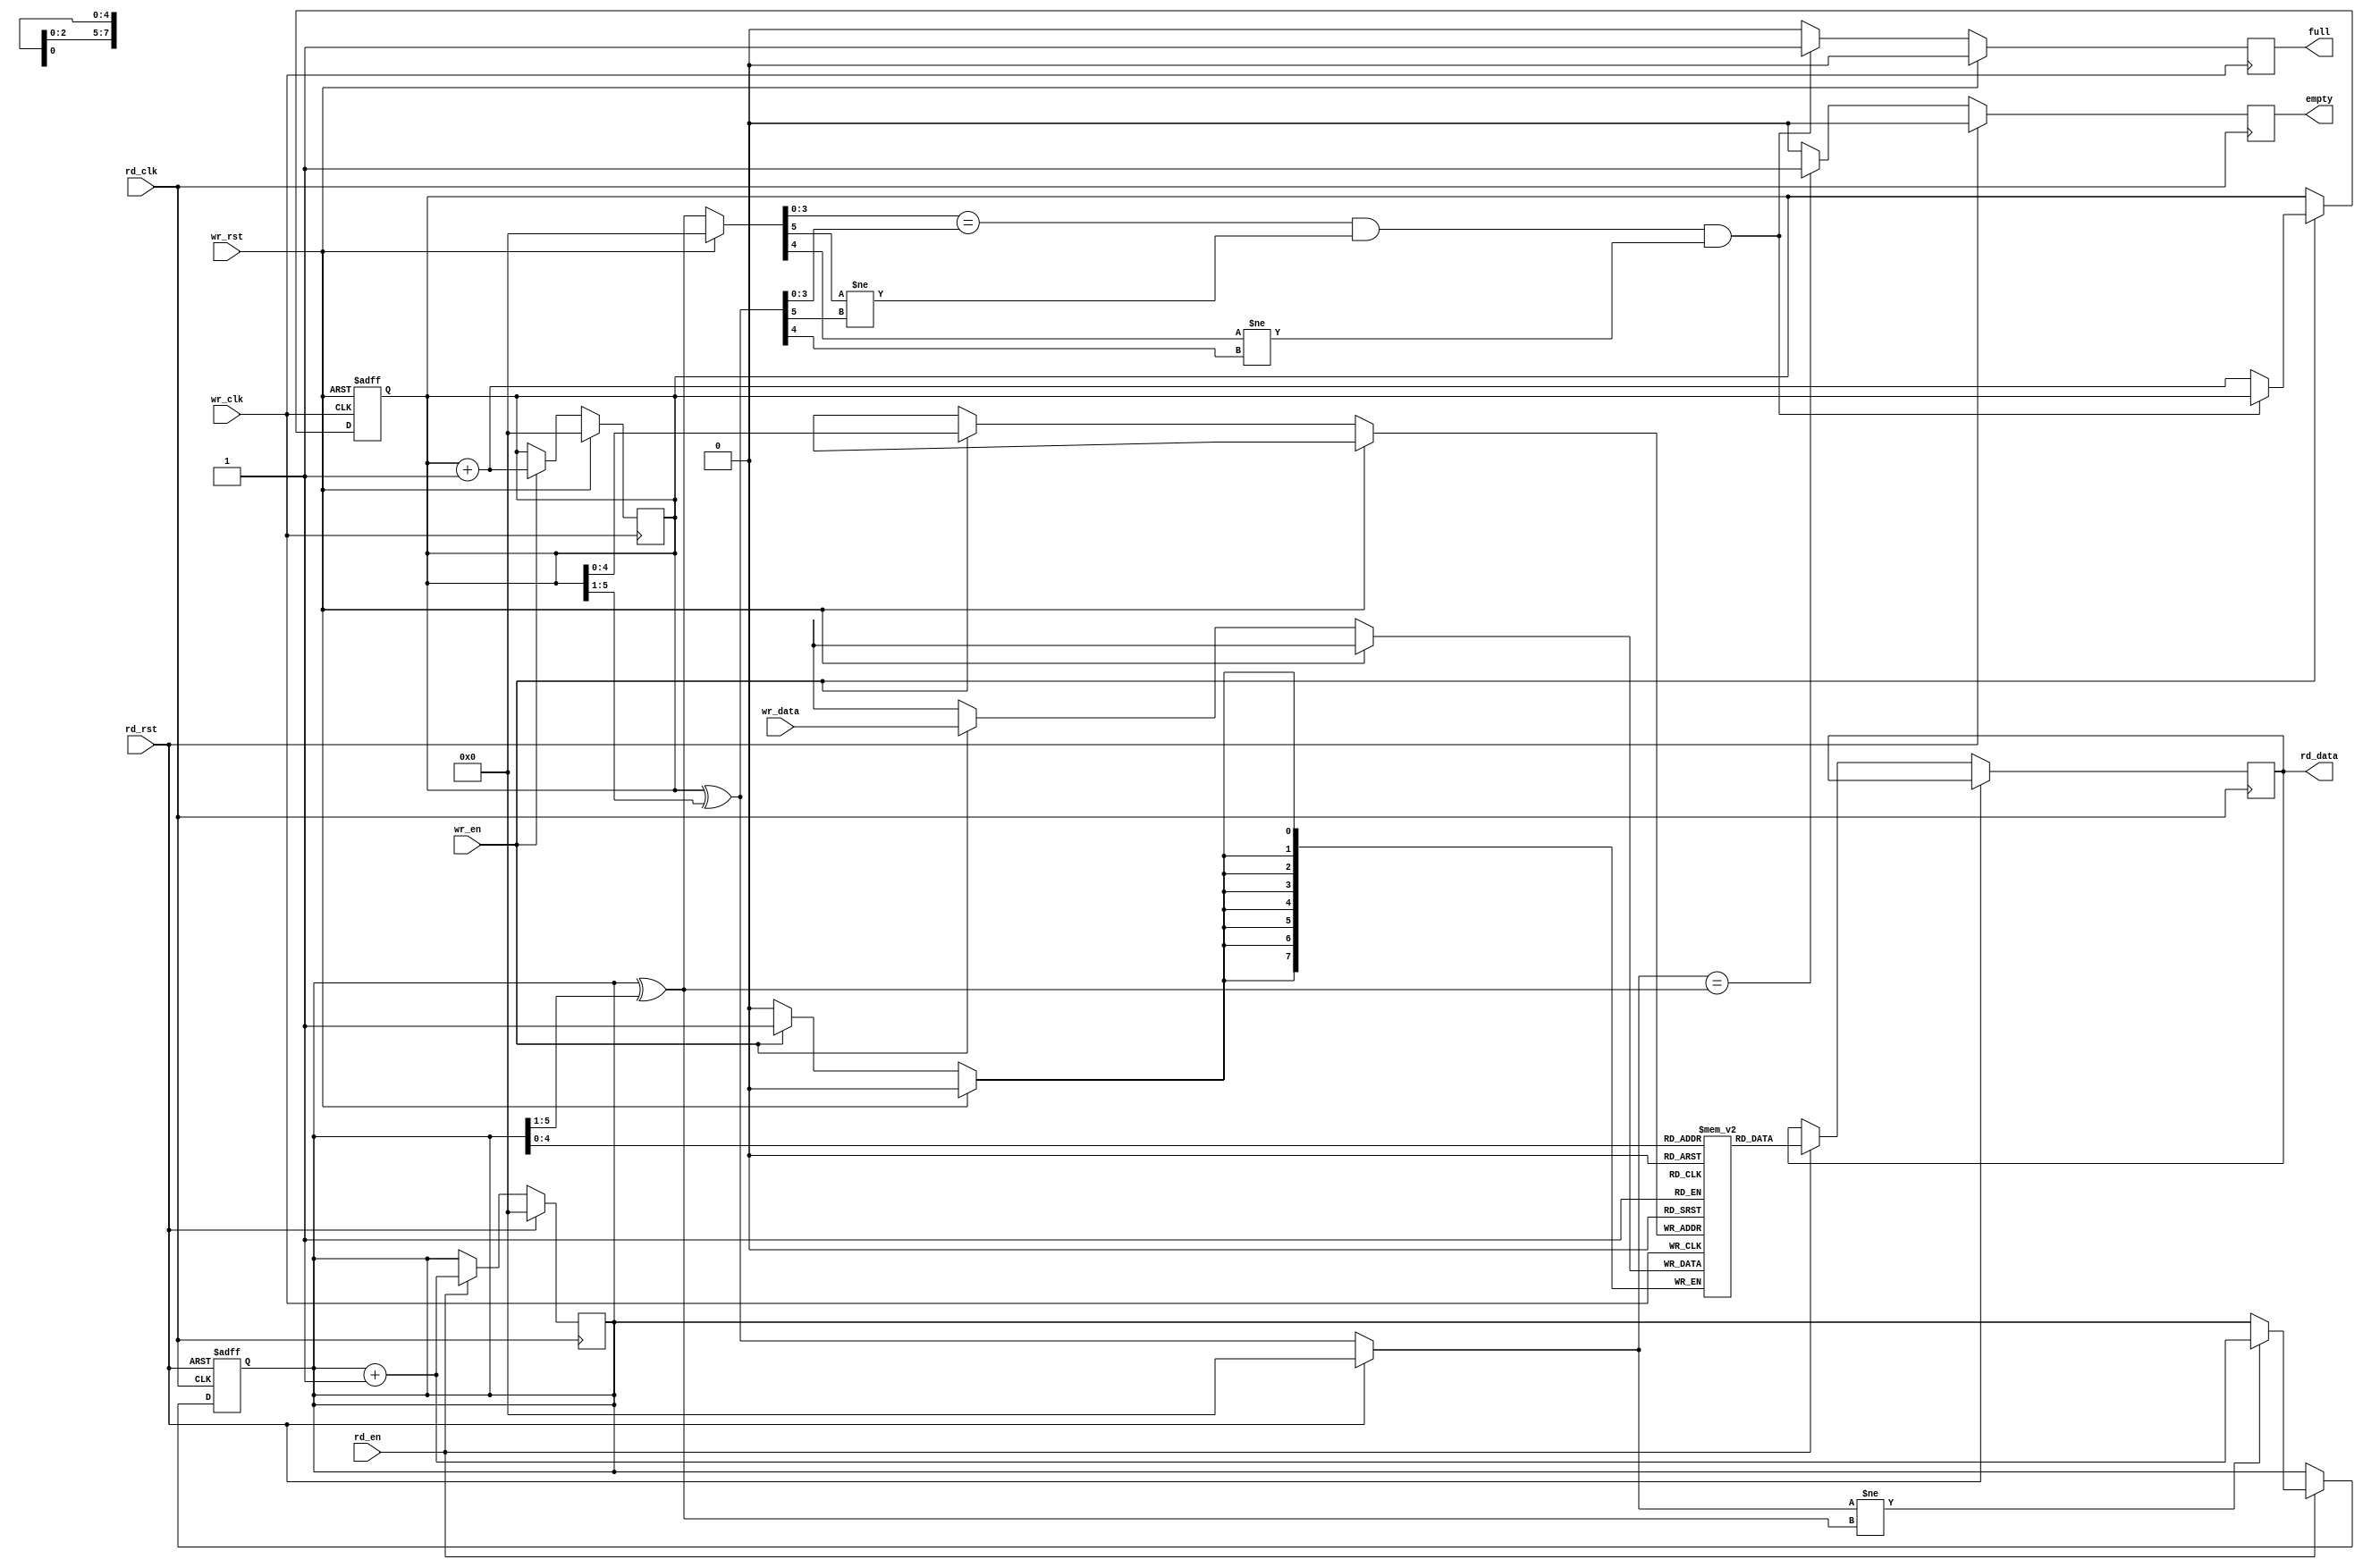


module asyn_fifo#(
	parameter DATA_WIDTH = 8,
	parameter DATA_DEPTH = 32
	)(

    //write ports    
	input wr_clk,
	input wr_rst,
	input wr_en,
	input [DATA_WIDTH - 1 : 0] wr_data,
	output reg full,
    
    //read ports
	input rd_clk,
	input rd_rst,
	input rd_en,
	output reg [DATA_WIDTH - 1 : 0] rd_data,
	output reg empty

    );


	// define FIFO buffer 
	reg [DATA_WIDTH - 1 : 0] fifo_buffer[0 : DATA_DEPTH - 1];

	//define the write and read pointer and 
	//pay attention to the size of pointer which should be greater one to normal

	reg [$clog2(DATA_DEPTH) : 0] wr_pointer = 0, rd_pointer = 0; 

	//write data to fifo buffer and wr_pointer control
	always@(posedge wr_clk) begin
		if(wr_rst) begin
			wr_pointer <= 0;
		end
		else if(wr_en) begin
			wr_pointer <= wr_pointer + 1;
			fifo_buffer[wr_pointer] <= wr_data;
		end

	end

	//read data from fifo buffer and rd_pointer control
	always@(posedge rd_clk) begin
		if(rd_rst) begin
			rd_pointer <= 0;
		end
		else if(rd_en) begin
			rd_pointer <= rd_pointer + 1;
			rd_data <= fifo_buffer[rd_pointer];
		end

	end

	//wr_pointer and rd_pointer translate into gray code

	wire [$clog2(DATA_DEPTH) : 0] wr_ptr_g, rd_ptr_g; 

	assign wr_ptr_g = wr_pointer ^ (wr_pointer >>> 1);
	assign rd_ptr_g = rd_pointer ^ (rd_pointer >>> 1);



	//wr_pointer after gray coding synchronize into read clock region
	reg [$clog2(DATA_DEPTH) : 0] wr_ptr_gr, wr_ptr_grr, rd_ptr_gr, rd_ptr_grr; 

	always@(rd_clk) begin
		if(rd_rst) begin
			wr_ptr_gr <= 0;
			wr_ptr_grr <= 0;
		end
		else begin
			wr_ptr_gr <= wr_ptr_g;
			wr_ptr_grr <= wr_ptr_gr;
		end
	end


	//rd_pointer after gray coding synchronize into  write clock region
	always@(wr_clk) begin
		if(wr_rst) begin
			rd_ptr_gr <= 0;
			rd_ptr_grr <= 0;
		end
		else begin
			rd_ptr_gr <= rd_ptr_g;
			rd_ptr_grr <= rd_ptr_gr;
		end
	end

	// judge full or empty

	always@(posedge rd_clk) begin
		if(rd_rst) empty <= 0;
		else if(wr_ptr_grr == rd_ptr_g) begin
			empty <= 1;
		end
		else empty <= 0;
 	end

 	always@(posedge wr_clk) begin
 		if(wr_rst) full <= 0;
 		else if( (rd_ptr_grr[$clog2(DATA_DEPTH) - 2 : 0] == wr_ptr_g[$clog2(DATA_DEPTH) - 2 : 0])
 			&& ( rd_ptr_grr[$clog2(DATA_DEPTH)] != wr_ptr_g[$clog2(DATA_DEPTH)] ) && ( rd_ptr_grr[$clog2(DATA_DEPTH) - 1] != wr_ptr_g[$clog2(DATA_DEPTH) - 1] ) ) begin
 			full <= 1;
 		end
 		else full <= 0;
 	end


//
always@(posedge wr_clk or posedge wr_rst) begin
    if(wr_rst) begin
        wr_pointer <= 0;
    end
    else if(wr_en) begin
        if(!((rd_ptr_grr[$clog2(DATA_DEPTH) - 2 : 0] == wr_ptr_g[$clog2(DATA_DEPTH) - 2 : 0])
 			&& ( rd_ptr_grr[$clog2(DATA_DEPTH)] != wr_ptr_g[$clog2(DATA_DEPTH)] ) && ( rd_ptr_grr[$clog2(DATA_DEPTH) - 1] != wr_ptr_g[$clog2(DATA_DEPTH) - 1] ))) begin
            wr_pointer <= wr_pointer + 1;
        end
        else begin
            wr_pointer <= wr_pointer;
        end
    end
    else  begin
        wr_pointer <= wr_pointer;
    end

end

//
always@(posedge rd_clk or posedge rd_rst) begin
    if(rd_rst) begin
        rd_pointer <= 0;
    end
    else if(rd_en) begin
        if(wr_ptr_grr != rd_ptr_g) begin
            rd_pointer <= rd_pointer + 1;
        end
        else begin
            rd_pointer <= rd_pointer;
        end
    end
    else  begin
        rd_pointer <= rd_pointer;
    end

end


endmodule